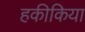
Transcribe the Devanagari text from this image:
हकीकिया